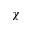
\chi